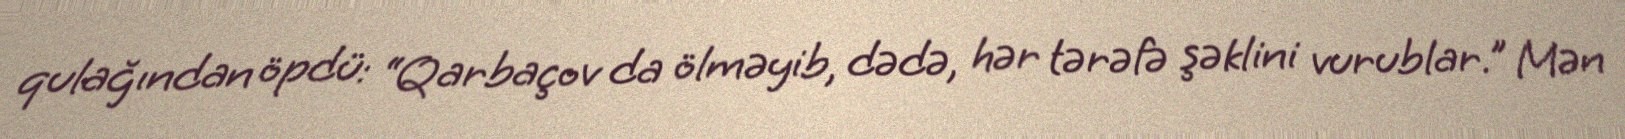
qulağından öpdü: “Qarbaçov da ölməyib, dədə, hər tərəfə şəklini vurublar.” Mən